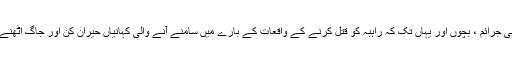
چرچ میں جنسی جرائم ، بچوں اور یہاں تک کہ راہبہ کو قتل کرنے کے واقعات کے بارے میں سامنے آنے والی کہانیاں حیران کن اور جاگ اٹھنے والی کال ہیں۔